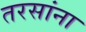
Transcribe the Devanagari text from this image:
तरसांना